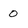
Character: 0